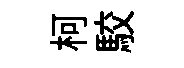
柯駮